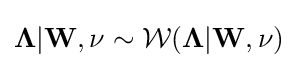
{\boldsymbol {\Lambda }}|\mathbf {W} ,\nu \sim {\mathcal {W}}({\boldsymbol {\Lambda }}|\mathbf {W} ,\nu )